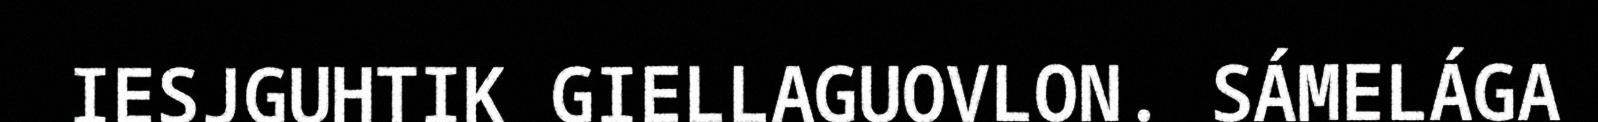
IESJGUHTIK GIELLAGUOVLON. SÁMELÁGA